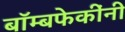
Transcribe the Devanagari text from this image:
बॉम्बफेकींनी